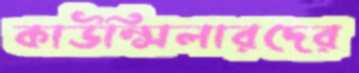
কাউন্সিলারদের